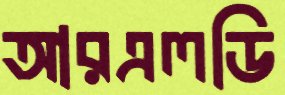
আরএলডি